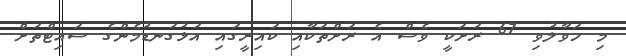
މި ހަވާލުވި 67 ރަށަކީ ވެސް އެ ރަށްތަކާއި ކައިރީގައި އަޅުގަނޑުމެންގެ ސައިޓްތަށް